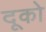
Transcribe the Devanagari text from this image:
दूको